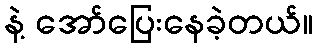
နဲ့ အော်ပြေးနေခဲ့တယ်။